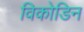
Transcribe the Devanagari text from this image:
विकोडिन